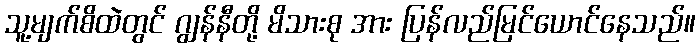
သူ့မျက်စိထဲတွင် ဂျွန်နီတို့ မိသားစု အား ပြန်လည်မြင်ယောင်နေသည်။